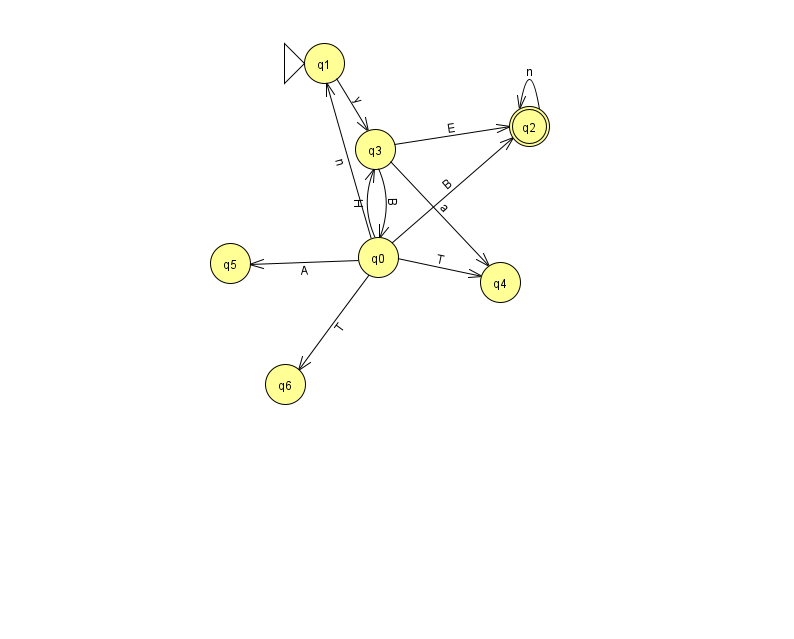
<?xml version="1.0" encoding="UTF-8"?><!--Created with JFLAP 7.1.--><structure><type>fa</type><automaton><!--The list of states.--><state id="0" name="q0"><x>378.0</x><y>244.0</y></state><state id="1" name="q1"><x>324.0</x><y>50.0</y><initial/></state><state id="2" name="q2"><x>529.0</x><y>113.0</y><final/></state><state id="3" name="q3"><x>375.0</x><y>136.0</y></state><state id="4" name="q4"><x>500.0</x><y>269.0</y></state><state id="5" name="q5"><x>230.0</x><y>250.0</y></state><state id="6" name="q6"><x>285.0</x><y>371.0</y></state><!--The list of transitions.--><transition><from>3</from><to>2</to><read>E</read></transition><transition><from>0</from><to>6</to><read>T</read></transition><transition><from>0</from><to>4</to><read>T</read></transition><transition><from>0</from><to>1</to><read>n</read></transition><transition><from>0</from><to>3</to><read>H</read></transition><transition><from>0</from><to>2</to><read>B</read></transition><transition><from>0</from><to>5</to><read>A</read></transition><transition><from>3</from><to>4</to><read>a</read></transition><transition><from>3</from><to>0</to><read>B</read></transition><transition><from>2</from><to>2</to><read>n</read></transition><transition><from>1</from><to>3</to><read>y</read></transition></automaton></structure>